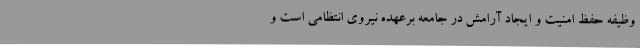
وظیفه حفظ امنیت و ایجاد آرامش در جامعه برعهده نیروی انتظامی است و